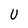
Character: U